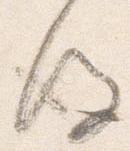
後